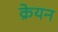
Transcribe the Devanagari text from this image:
क्रेयन